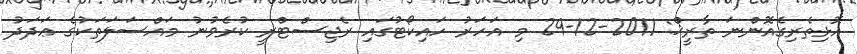
އޮޅިތެރިގެއޮންނަ ތާރީޚް: 2011-12-29 މި އަހަރު ހައިކޯޓުގައި ރެޖިސްޓްރީ ކުރެވުނު މައްސަލަތަކުގެ ޢަދަދު